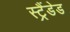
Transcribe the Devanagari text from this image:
स्ट्रैंडेड